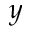
y